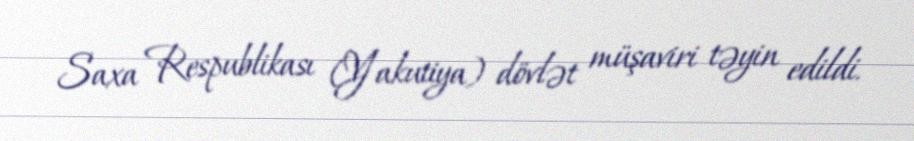
Saxa Respublikası (Yakutiya) dövlət müşaviri təyin edildi.